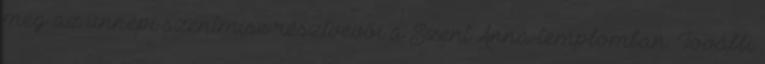
meg az ünnepi szentmise résztvevői a Szent Anna-templomban. További